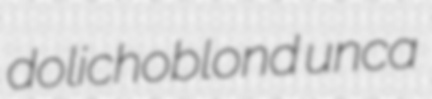
dolichoblond unca